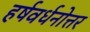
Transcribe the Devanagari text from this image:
हर्षवर्धनोत्तर